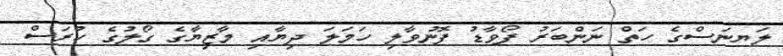
ލަޔނަސްގެ ހަތް ނަންބަރު ފޯވާޑު ފޮނުވާލި ހަމަލަ ދިޔާއި މާޒިޔާގެ ގޯލުގެ ހުރަސް